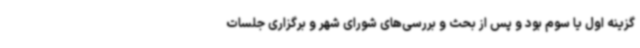
گزینه اول یا سوم بود و پس از بحث و بررسی‌های شورای شهر و برگزاری جلسات